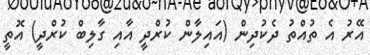
އޭރު އެ ތުއްތު ދެކުދިން (އައިލާން ކުރްދީ އާއި ގާލިބް ކުރްދީ) އޮތީ